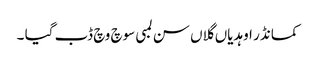
کمانڈر اوہدیاں گلاں سن لمبی سوچ وچ ڈب گیا ۔